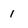
Character: 1